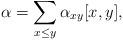
LaTeX: \begin{align*} \alpha=\sum_{x\le y}\alpha_{xy}[x,y],\end{align*}